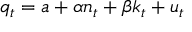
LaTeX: q _ { t } = a + \alpha n _ { t } + \beta k _ { t } + u _ { t }